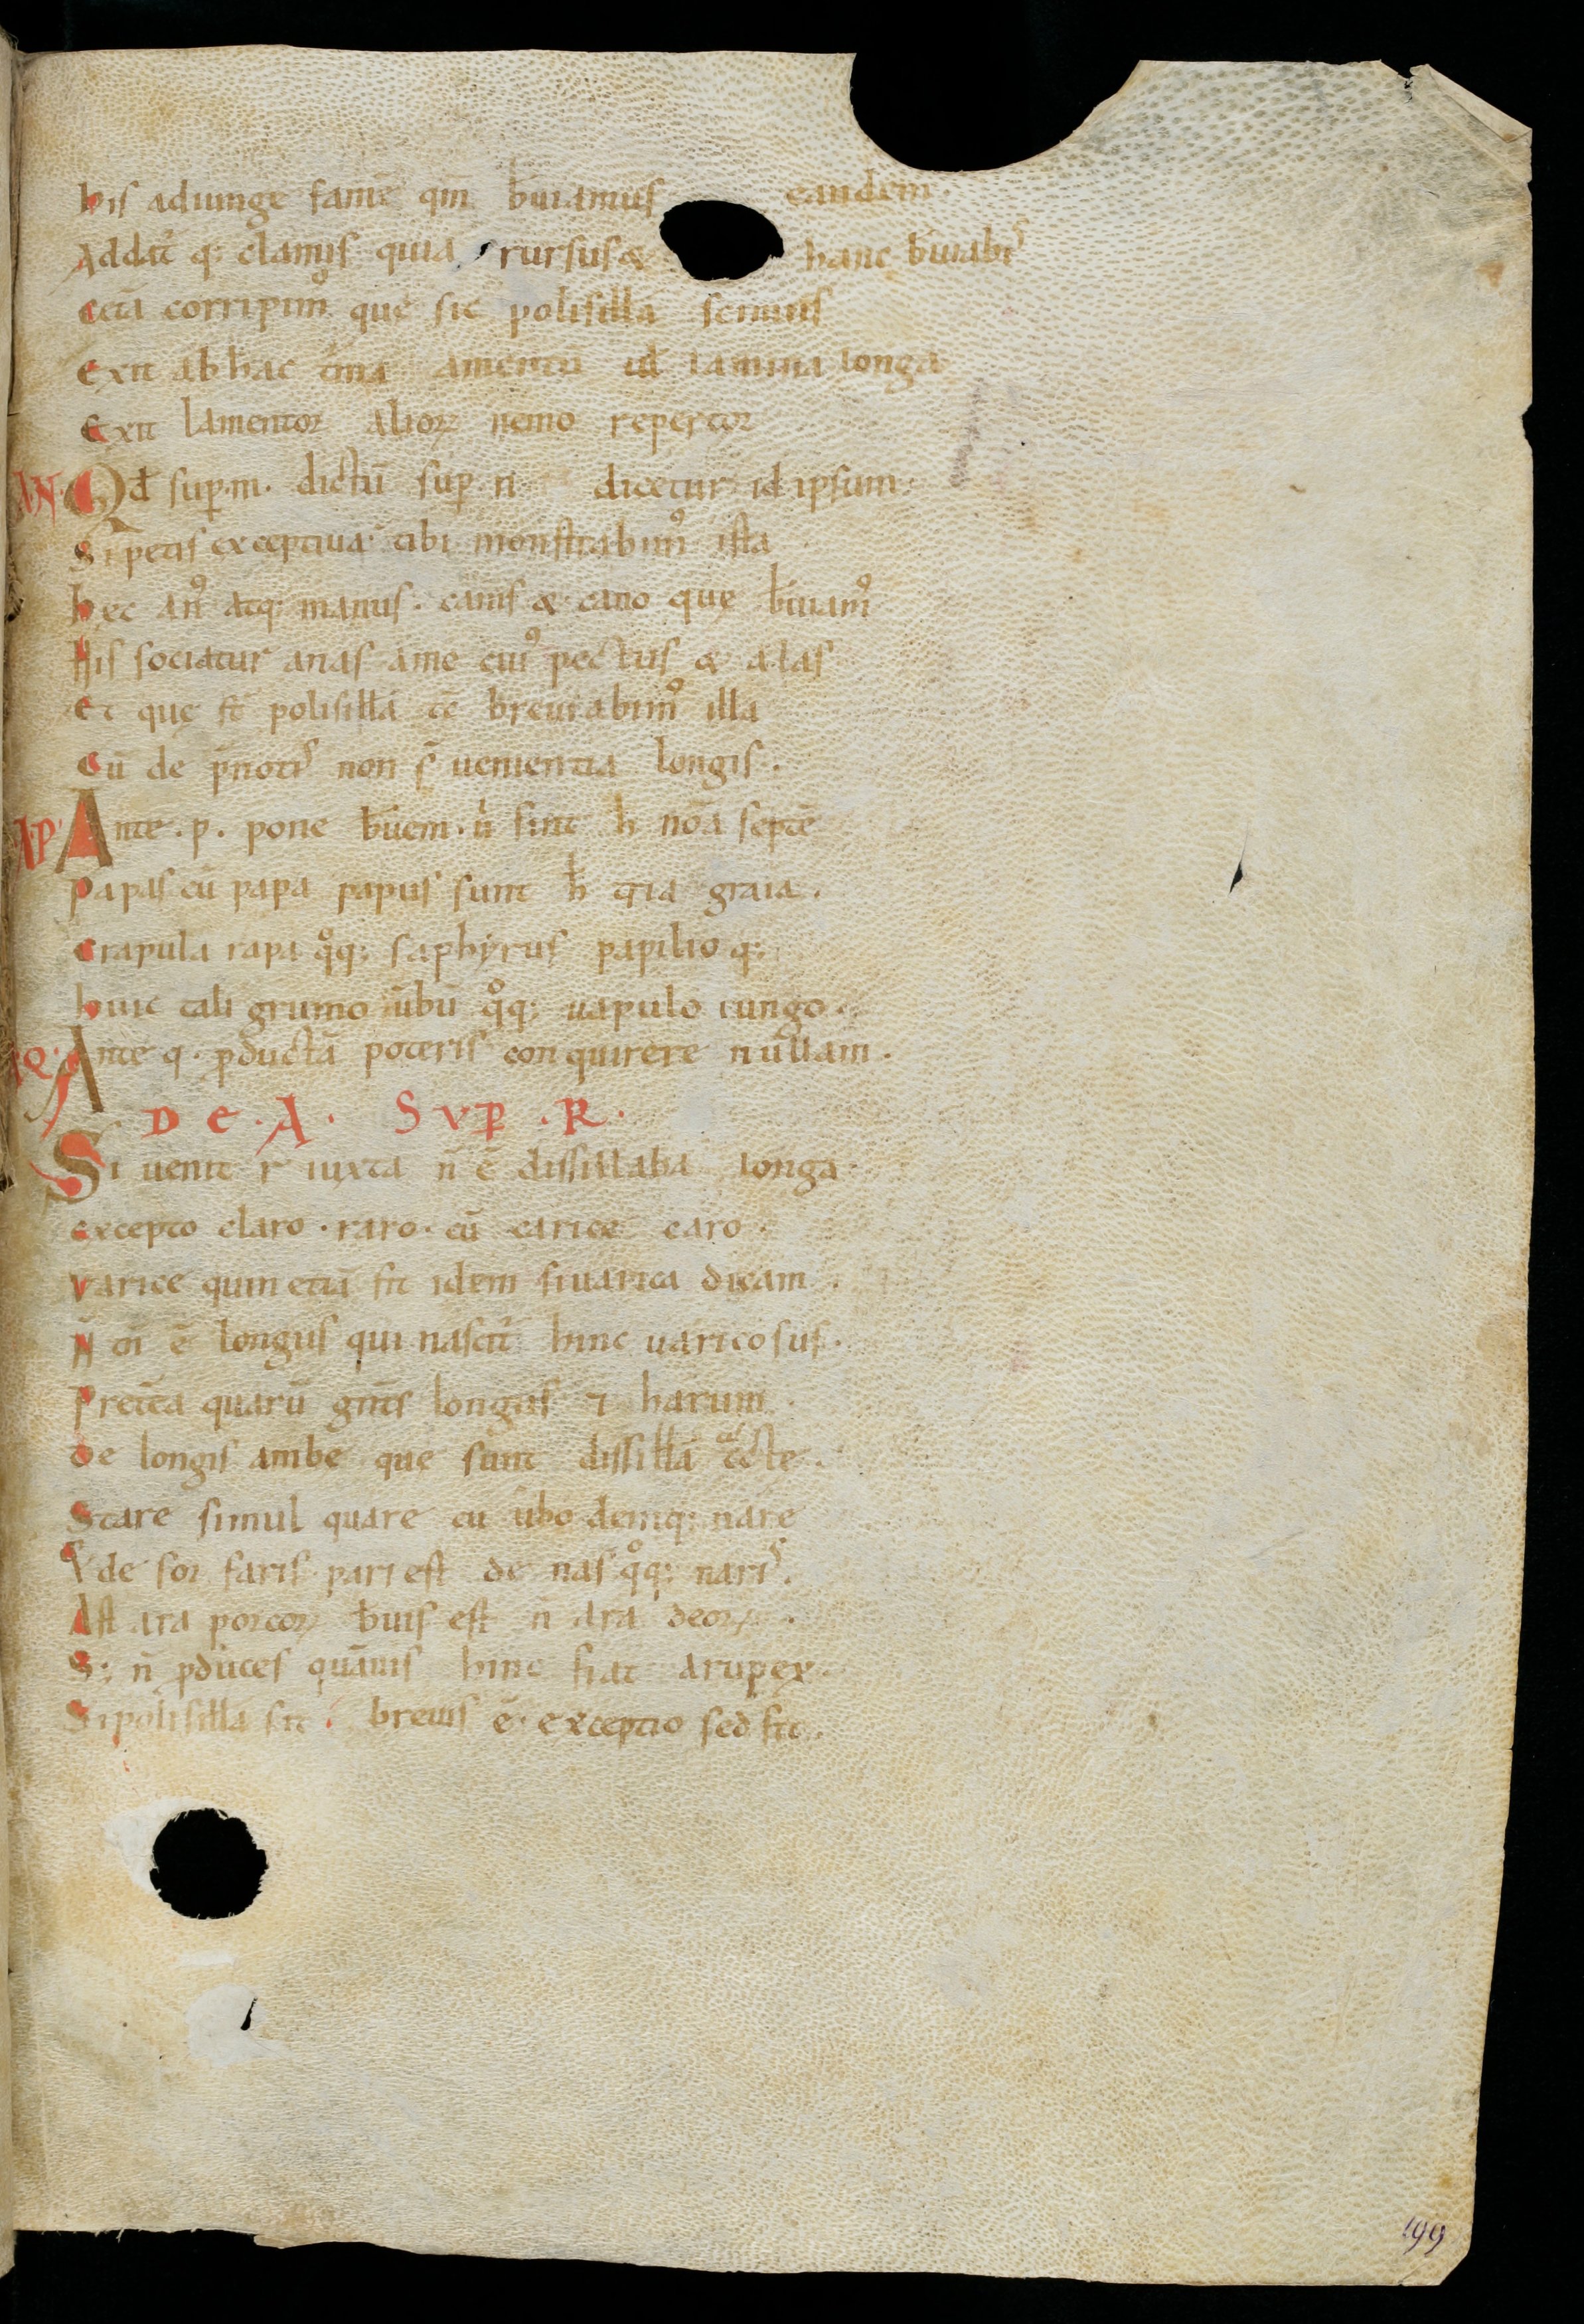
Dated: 900–1199